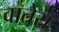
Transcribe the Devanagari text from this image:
वातेरा